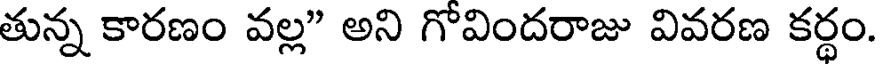
తున్న కారణం వల్ల" అని గోవిందరాజు వివరణ కర్థం.